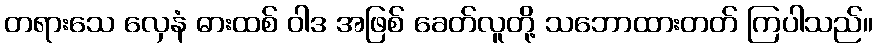
တရားသေ လှေနံ ဓားထစ် ဝါဒ အဖြစ် ခေတ်လူတို့ သဘောထားတတ် ကြပါသည်။